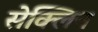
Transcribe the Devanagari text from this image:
सेक्लिन